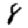
Digit: 8